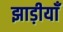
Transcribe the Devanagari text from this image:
झाड़ीयाँ